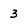
Character: 3